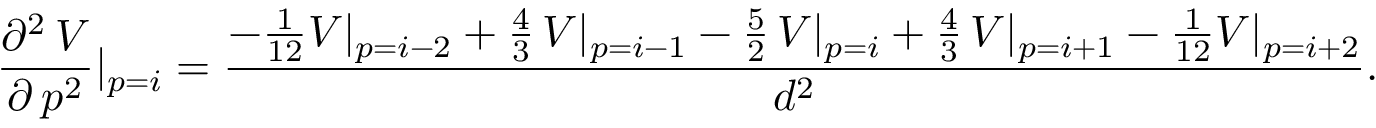
\frac { \partial ^ { 2 } \, V } { \partial \, p ^ { 2 } } \rvert _ { p = i } = \frac { - \frac { 1 } { 1 2 } V \rvert _ { p = i - 2 } + \frac { 4 } { 3 } \, V \rvert _ { p = i - 1 } - \frac { 5 } { 2 } \, V \rvert _ { p = i } + \frac { 4 } { 3 } \, V \rvert _ { p = i + 1 } - \frac { 1 } { 1 2 } V \rvert _ { p = i + 2 } } { d ^ { 2 } } .